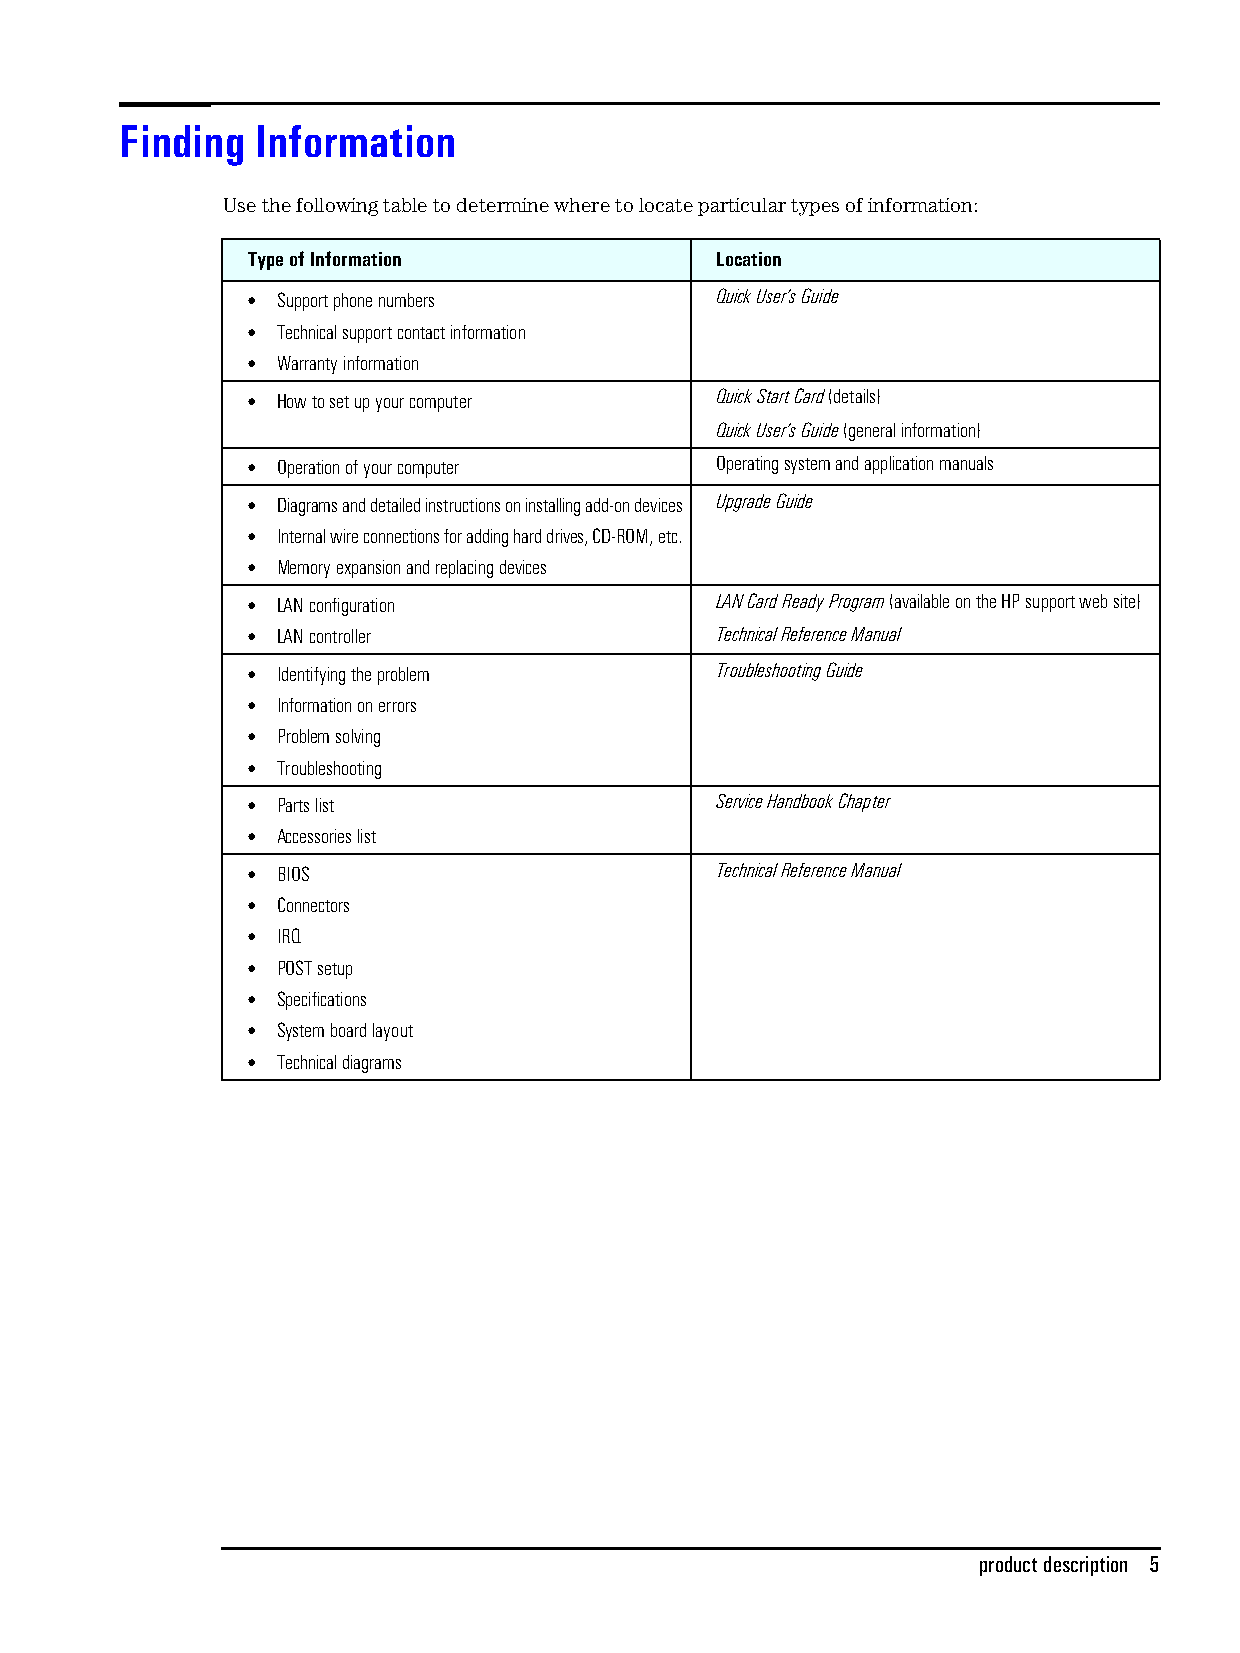
Finding  Information
 Use the following table to determine where to locate particular types of information:
 Type of Information            Location
 • Support phone numbers        Quick User’s Guide
 • Technical support contact information
 • Warranty information
 • How to set up your computer  Quick Start Card (details)
 Quick User’s Guide (general information)
 • Operation of your computer   Operating system and application manuals
 • Diagrams and detailed instructions on installing add-on devices Upgrade Guide
 • Internal wire connections for adding hard drives, CD-ROM, etc.
 • Memory expansion and replacing devices
 • LAN configuration            LAN Card Ready Program (available on the HP support web site)
 • LAN controller               Technical Reference Manual
 • Identifying the problem      Troubleshooting Guide
 • Information on errors
 • Problem solving
 • Troubleshooting
 • Parts list                   Service Handbook Chapter
 • Accessories list
 • BIOS                         Technical Reference Manual
 • Connectors
 • IRQ
 • POST setup
 • Specifications
 • System board layout
 • Technical diagrams
 product description 5